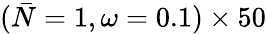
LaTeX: (\bar{N}=1,\omega=0.1)\times 50